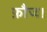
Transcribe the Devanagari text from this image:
फ़ौज।